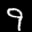
Label: 9